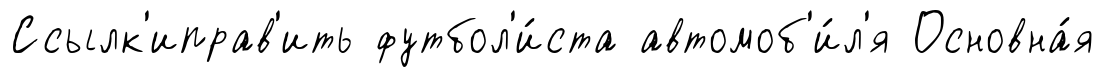
Ссылк'иправ'ить футбол'и́ста автомоб'и́л'я Основна́я